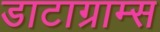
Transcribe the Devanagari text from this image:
डाटाग्राम्स